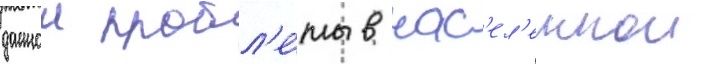
даннои пробл'е́мы в нас'ел'еннои